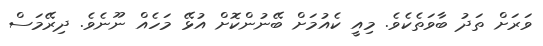
ވަރަށް ތަދު ބާވަތެކެވެ. މިއީ ކެއުމަށް ބޭނުންކޮށް އުޅޭ މަހެއް ނޫނެވެ. ދިރޭމަސް